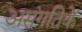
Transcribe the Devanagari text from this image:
असंगतिके